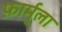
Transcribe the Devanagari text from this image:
फ़ार्मुला